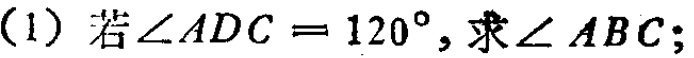
(1) 若\(\angle ADC = 120^{\circ}\)，求\(\angle ABC\)；